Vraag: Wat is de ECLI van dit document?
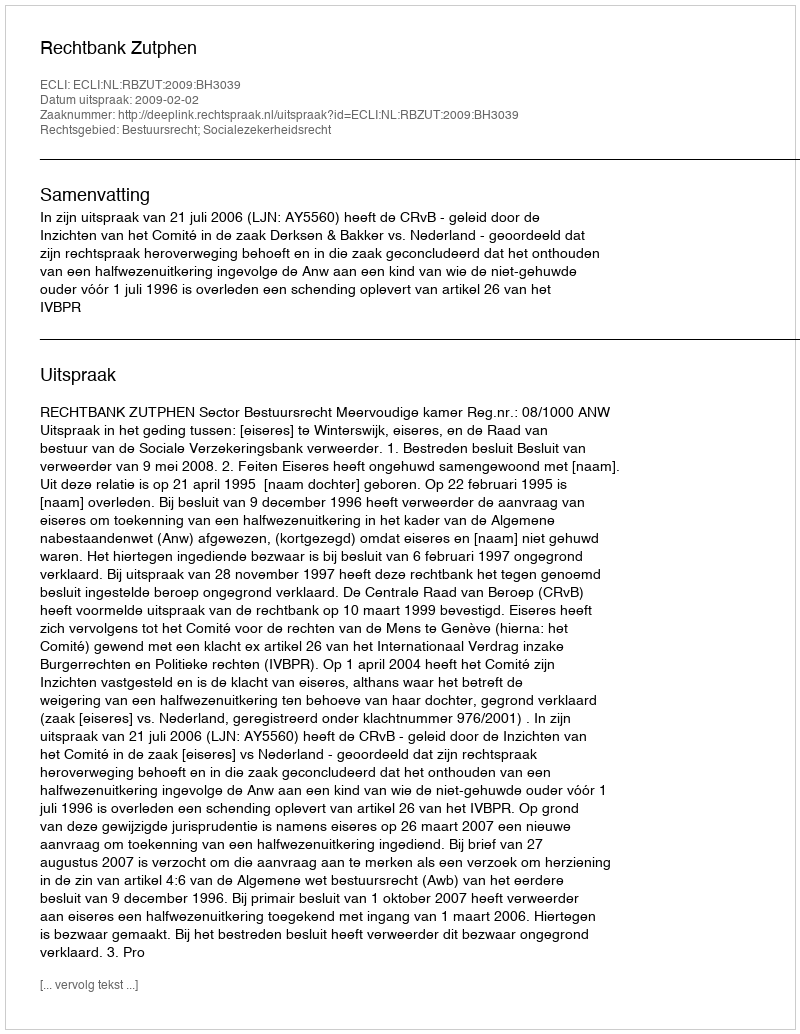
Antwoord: ECLI:NL:RBZUT:2009:BH3039